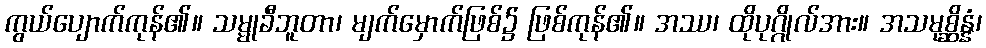
ကွယ်ပျောက်ကုန်၏။ သမ္မုခီဘူတာ၊ မျက်မှောက်ဖြစ်၌ ဖြစ်ကုန်၏။ အဿ၊ ထိုပုဂ္ဂိုလ်အား။ အသမုစ္ဆိန္နံ၊